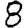
Digit: 8